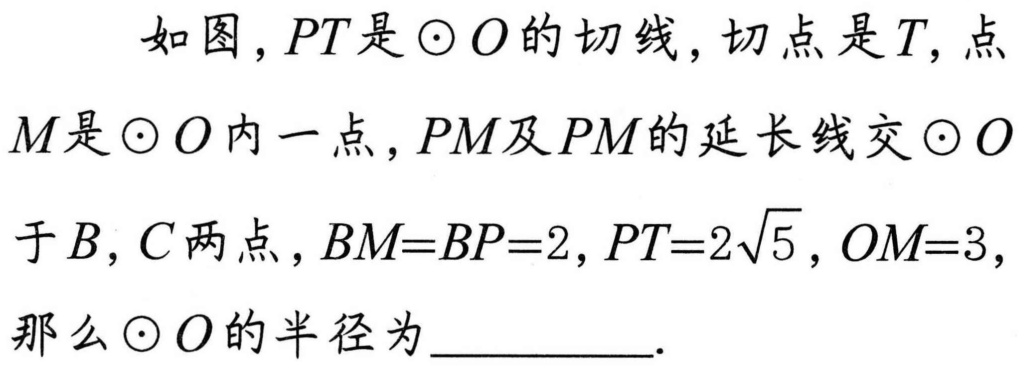
如图，\(PT\)是\(\odot O\)的切线，切点是\(T\)，点\(M\)是\(\odot O\)内一点，\(PM\)及\(PM\)的延长线交\(\odot O\)于\(B\)，\(C\)两点，\(BM = BP = 2\)，\(PT = 2\sqrt{5}\)，\(OM = 3\)，那么\(\odot O\)的半径为  ．